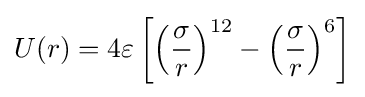
U(r)=4\varepsilon \left[\left({\frac {\sigma }{r}}\right)^{12}-\left({\frac {\sigma }{r}}\right)^{6}\right]